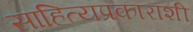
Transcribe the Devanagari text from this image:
साहित्यप्रकाराशी